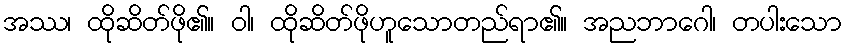
အဿ၊ ထိုဆိတ်ဖို၏။ ဝါ၊ ထိုဆိတ်ဖိုဟူသောတည်ရာ၏။ အညဘာဂေါ၊ တပါးသော